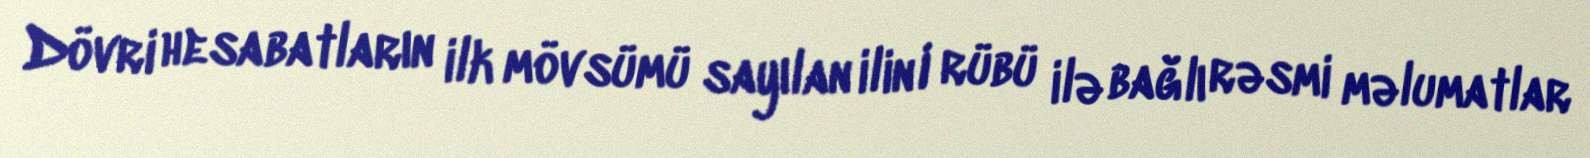
Dövri hesabatların ilk mövsümü sayılan ilin I rübü ilə bağlı rəsmi məlumatlar